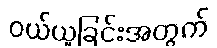
ဝယ်ယူခြင်းအတွက်